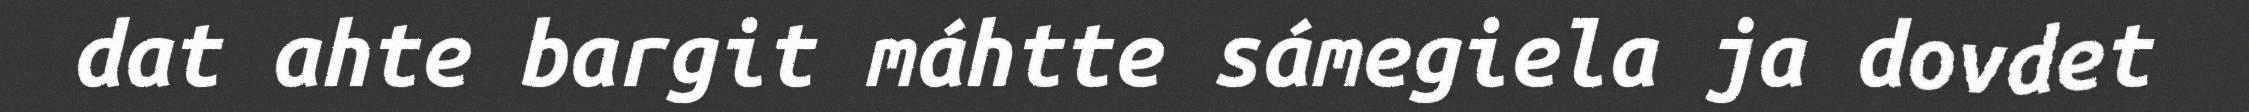
dat ahte bargit máhtte sámegiela ja dovdet